Anatomy and histology of ticks - Number 23
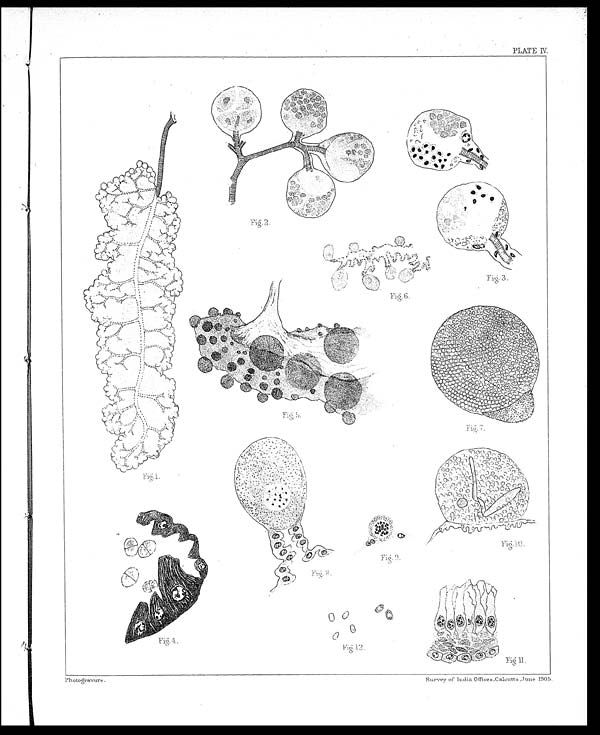
PLATE IV.
Fig. 3.
Fig. 2.
Fig. 6.
Fig. 5.
Fig. 12.
S u r v e y
Fig. 9.
Fig. 8.
Photogravure.
of India Offices, Calcutta, June, 1905.